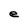
Character: e